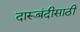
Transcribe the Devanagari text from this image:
दारूबंदीसाठी